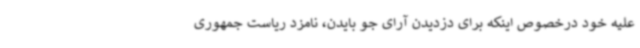
علیه خود درخصوص اینکه برای دزدیدن آرای جو بایدن، نامزد ریاست جمهوری